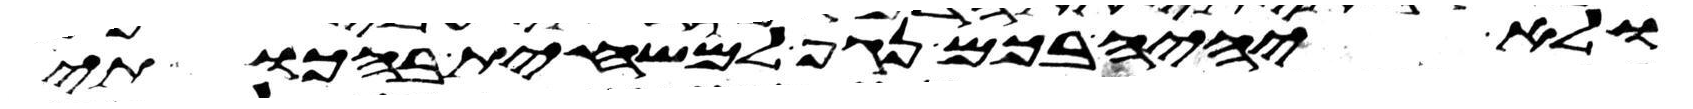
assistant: ולא יהיה בכם נגף למשחית בהכותי